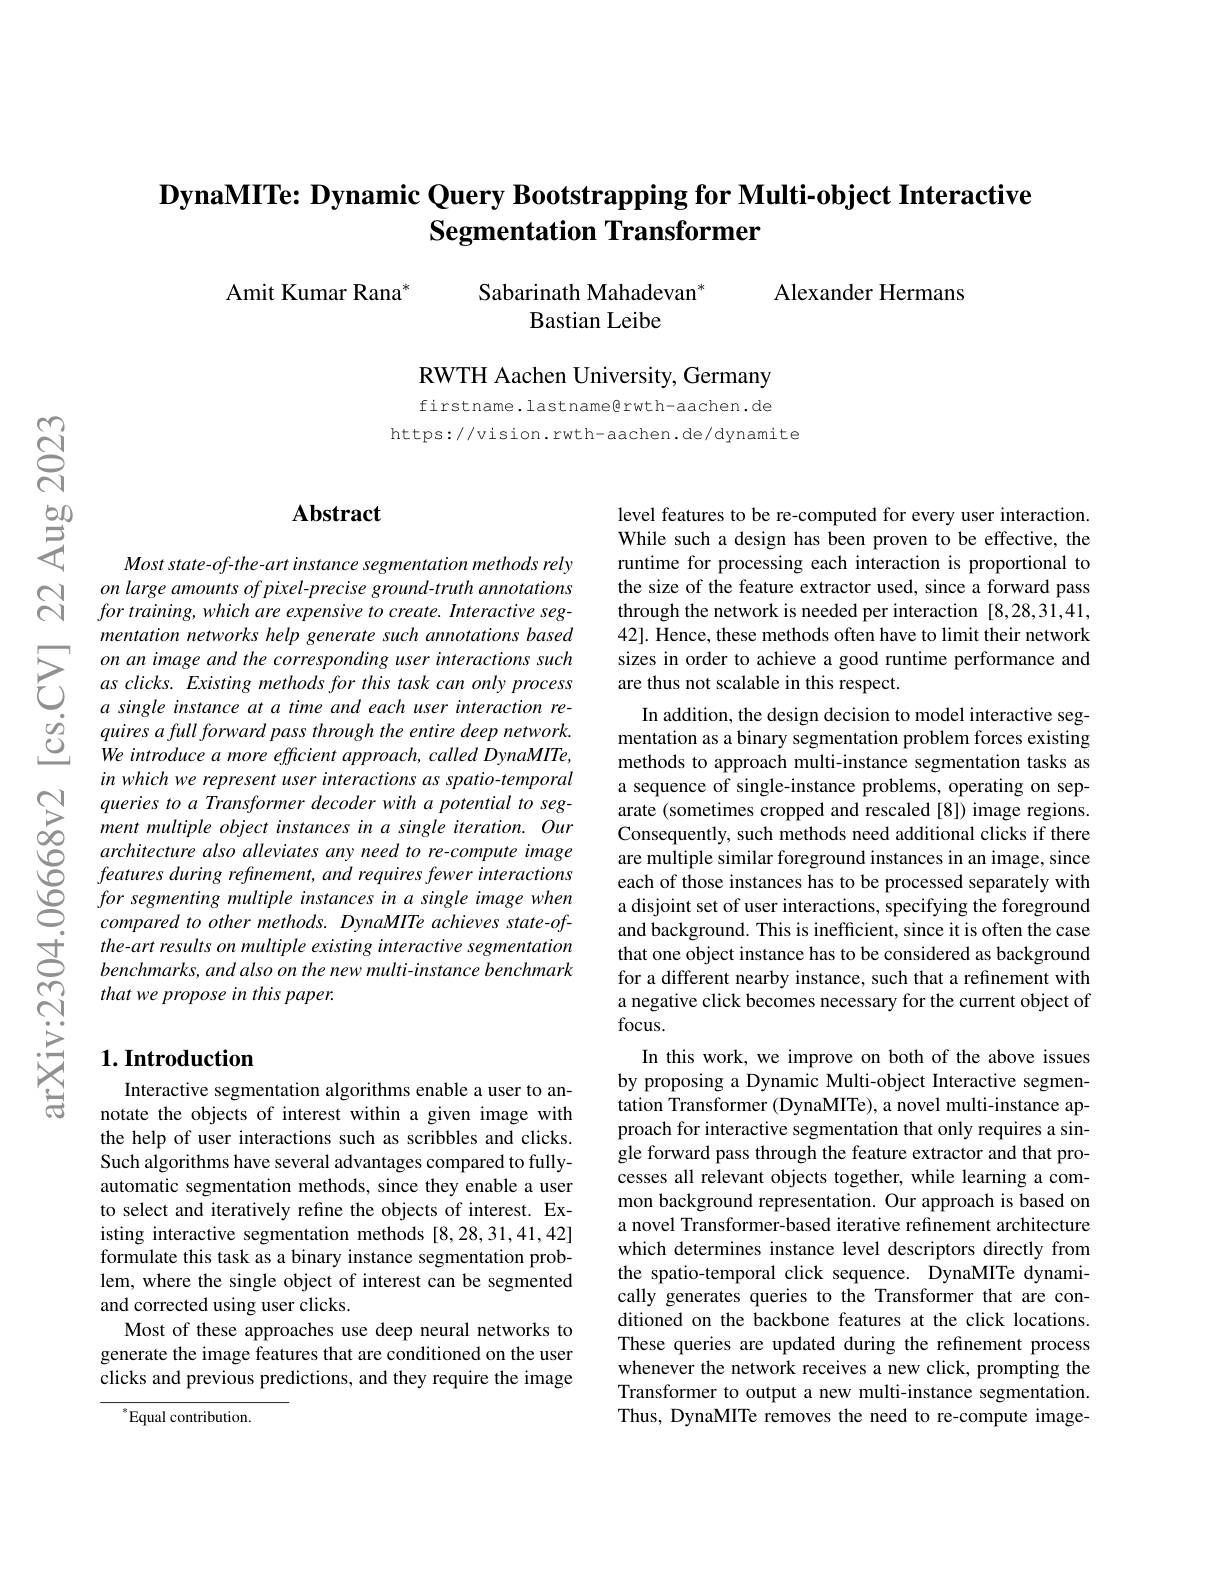
## $\textbf{DynaMITe: Dynamic Query Bootstrapping for Multi- object Interactive}$ Segmentation Transformer

Alexander Hermans

${\mathrm{Amit~Kumar~Rana}}^{*}$

Sabarinath Mahadevan$^*$
Bastian Leibe

RWTH Aachen University, Germany

firstname.lastname@rwth-aachen.de
https://vision.rwth-aachen.de/dynamite

## $\mathbf{Abstract}$

Most state- of-the- art instance segmentation methods rely
$\bigcap_{\begin{array}{cc}on&large&amounts&ofpixel-precise&ground\end{array}}$
mentation networks help generate such annotations based
$\sum_{\begin{array}{ccc}on\:an\:image\:and\:the\:corresponding\:user\end{array}}$ $\begin{array}{lll}&a\:single\:instance\:at\:a\:time\:and\:each\:user\:interaction\:re-\\\dot{o}&quires\:a\:full\:forward\:pass\:through\:the\:entire\:deep\:network.\\\underline{O}&We\:introduce\:a\:more\:efficient\:approach,\:called\:DynaMITe,\end{array}$
in which we represent user interactions as spatio-temporal queries to a Transformer decoder with a potential to segment multiple object instances in a single iteration. Our architecture also alleviates any need to re-compute image features during refinement, and requires fewer interactions for segmenting multiple instances in a single image when compared to other methods. DynaMITe achieves state-ofthe-art results on multiple existing interactive segmentation benchmarks, and also on the new multi- instance benchmark that we propose in this paper.

level features to be re-computed for every user interaction. While such a design has been proven to be effective, the runtime for processing each interaction is proportional to the size of the feature extractor used, since a forward pass through the network is needed per interaction [8,28,31,41, 42]. Hence, these methods often have to limit their network sizes in order to achieve a good runtime performance and are thus not scalable in this respect.
In addition, the design decision to model interactive segmentation as a binary segmentation problem forces existing methods to approach multi-instance segmentation tasks as a sequence of single-instance problems, operating on separate (sometimes cropped and rescaled [8]) image regions. Consequently, such methods need additional clicks if there are multiple similar foreground instances in an image, since each of those instances has to be processed separately with a disjoint set of user interactions, specifying the foreground and background. This is inefficient, since it is often the case that one object instance has to be considered as background for a different nearby instance, such that a refinement with a negative click becomes necessary for the current object of focus.
In this work, we improve on both of the above issues by proposing a Dynamic Multi-object Interactive segmentation Transformer (DynaMITe), a novel multi-instance approach for interactive segmentation that only requires a single forward pass through the feature extractor and that processes all relevant objects together, while learning a common background representation. Our approach is based on a novel Transformer-based iterative refinement architecture which determines instance level descriptors directly from the spatio-temporal click sequence. DynaMITe dynamically generates queries to the Transformer that are conditioned on the backbone features at the click locations. These queries are updated during the refinement process whenever the network receives a new click, prompting the Transformer to output a new multi-instance segmentation. Thus, DynaMITe removes the need to re-compute image-

## $1. \textbf{Introduction}$

Interactive segmentation algorithms enable a user to annotate the objects of interest within a given image with the help of user interactions such as scribbles and clicks. Such algorithms have several advantages compared to fullyautomatic segmentation methods, since they enable a user to select and iteratively refine the objects of interest. Existing interactive segmentation methods [8,28,31,41,42] formulate this task as a binary instance segmentation problem, where the single object of interest can be segmented and corrected using user clicks.
Most of these approaches use deep neural networks to generate the image features that are conditioned on the user clicks and previous predictions, and they require the image

$^*$Equal contribution.